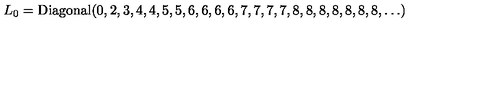
L _ { 0 } = \mathrm { D i a g o n a l } ( 0 , 2 , 3 , 4 , 4 , 5 , 5 , 6 , 6 , 6 , 6 , 7 , 7 , 7 , 7 , 8 , 8 , 8 , 8 , 8 , 8 , 8 , \ldots )